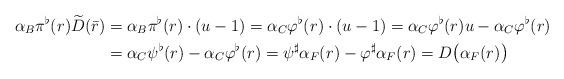
LaTeX: \begin{align*}\alpha_B\pi^\flat(r)\widetilde{D}(\bar{r})&=\alpha_B\pi^\flat(r)\cdot(u-1)=\alpha_C\varphi^\flat(r)\cdot(u-1)=\alpha_C\varphi^\flat(r)u-\alpha_C\varphi^\flat(r) \\&=\alpha_C\psi^\flat(r)-\alpha_C\varphi^\flat(r)=\psi^\sharp\alpha_F(r)-\varphi^\sharp\alpha_F(r)=D\big(\alpha_F(r)\big)\end{align*}